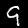
Label: 9